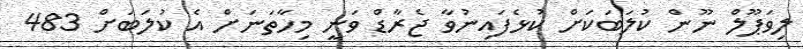
ލިވަޕޫލް ނޫން ކުލަބަކަށް ކުޅެފައިނުވާ ޖެރާޑް ވަނީ މިހާތަނަށް އެ ކުލަބަށް 483